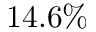
1 4 . 6 \%